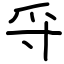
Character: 寽